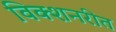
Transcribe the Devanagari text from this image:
विक्शनरीत